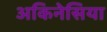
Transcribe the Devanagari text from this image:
अकिनेसिया